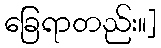
ခြေရာတည်း။]